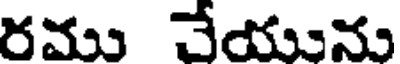
రము చేయును